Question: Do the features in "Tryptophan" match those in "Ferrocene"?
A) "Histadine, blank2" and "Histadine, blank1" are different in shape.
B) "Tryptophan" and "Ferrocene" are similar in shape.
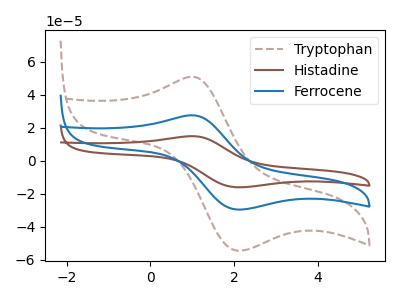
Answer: <think>The brown dashed curve "Tryptophan" has an anodic peak at (1.00V, 50.95uA) and a cathodic peak at (2.05V, -54.30uA). The brown curve "Histadine" has an anodic peak at (1.00V, 55.20uA) and a cathodic peak at (2.05V, -58.90uA). The blue curve "Ferrocene" has an anodic peak at (1.00V, 27.60uA) and a cathodic peak at (2.05V, -29.45uA).
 All the peaks in "Tryptophan" have a peak in "Ferrocene" at the same potential. Every peak in "Tryptophan" is higher than every peak in "Ferrocene".</think>
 <answer>B) "Tryptophan" and "Ferrocene" are similar in shape.</answer>
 <eval>B</eval>